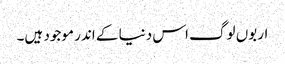
اربوں لوگ اس دنیا کے اندر موجود ہیں۔